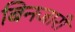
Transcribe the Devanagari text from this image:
बिनजारी